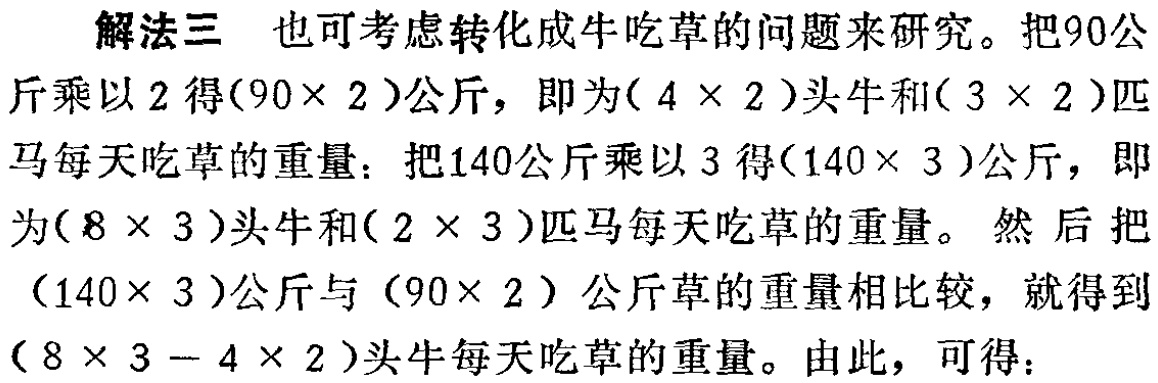
解法三 也可考虑转化成牛吃草的问题来研究。把90公斤乘以2得\((90\times 2)\)公斤，即为\((4\times 2)\)头牛和\((3\times 2)\)匹马每天吃草的重量：把140公斤乘以3得\((140\times 3)\)公斤，即为\((8\times 3)\)头牛和\((2\times 3)\)匹马每天吃草的重量。然后把\((140\times 3)\)公斤与\((90\times 2)\)公斤草的重量相比较，就得到\((8\times 3 - 4\times 2)\)头牛每天吃草的重量。由此，可得：